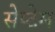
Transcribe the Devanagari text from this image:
सेप्टेम